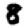
Digit: 8